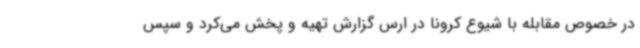
در خصوص مقابله با شیوع کرونا در ارس گزارش تهیه و پخش می‌کرد و سپس